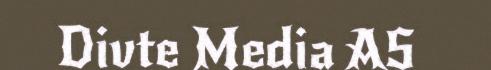
Divte Media AS